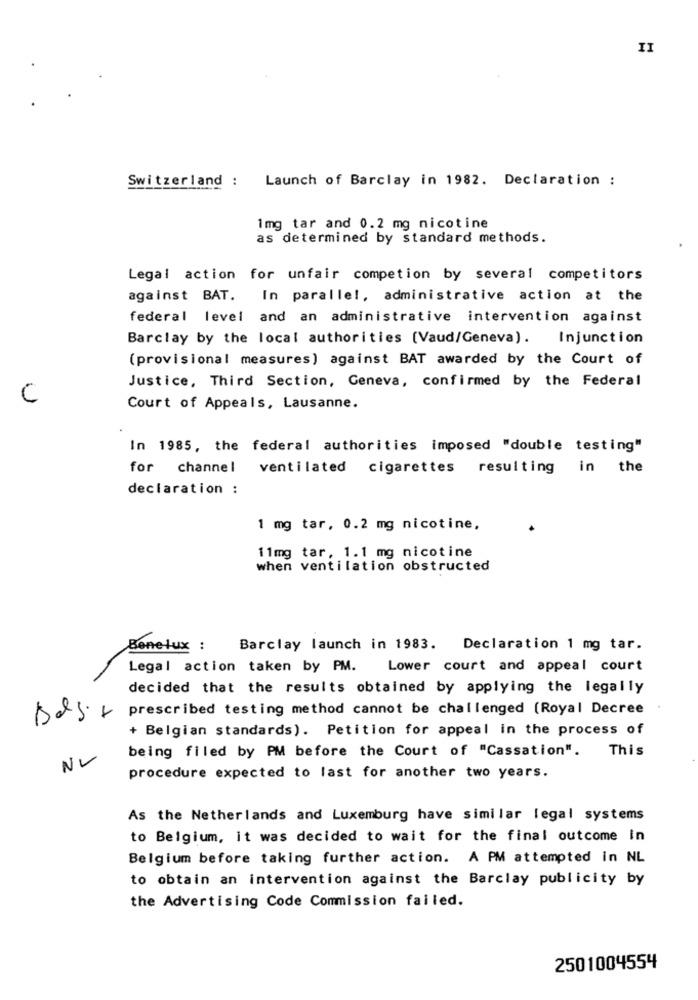
II
Launch of Barclay in 1982. Declaration :
Switzerland :
1mg tar and 0.2 mg nicotine
as determined by standard methods.
Legal action for unfair competion by several competitors
against BAT. In parallel, administrative action at the
federal level and an administrative intervention against
Barclay by the local authorities (Vaud/Geneva). Injunction
(provisional measures) against BAT awarded by the Court of
Justice, Third Section, Geneva, confirmed by the Federal
C
Court of Appeals, Lausanne.
In 1985, the federal authorities imposed "double testing"
for channel
ventilated cigarettes resulting in the
declaration :
1 mg tar, 0.2 mg nicotine,
11mg tar, 1.1 mg nicotine
when ventilation obstructed
Benelux :
Barclay launch in 1983. Declaration 1 mg tar.
Legal action taken by PM. Lower court and appeal court
decided that the results obtained by applying the legally
Des+ prescribed testing method cannot be challenged (Royal Decree
+ Belgian standards). Petition for appeal in the process of
being filed by PM before the Court of "Cassation".
This
NY
procedure expected to last for another two years.
As the Netherlands and Luxemburg have similar legal systems
to Belgium, it was decided to wait for the final outcome In
Belgium before taking further action. A PM attempted in NL
to obtain an intervention against the Barclay publicity by
the Advertising Code Commission failed.
2501004554